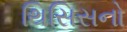
થિસિસનો